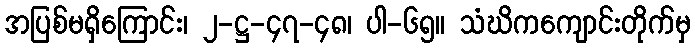
အပြစ်မရှိကြောင်း၊ ၂-ဋ္ဌ-၄၇-၄၈၊ ပါ-၆၅။ သံဃိကကျောင်းတိုက်မှ